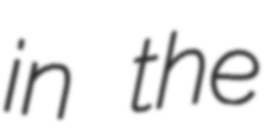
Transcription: in the